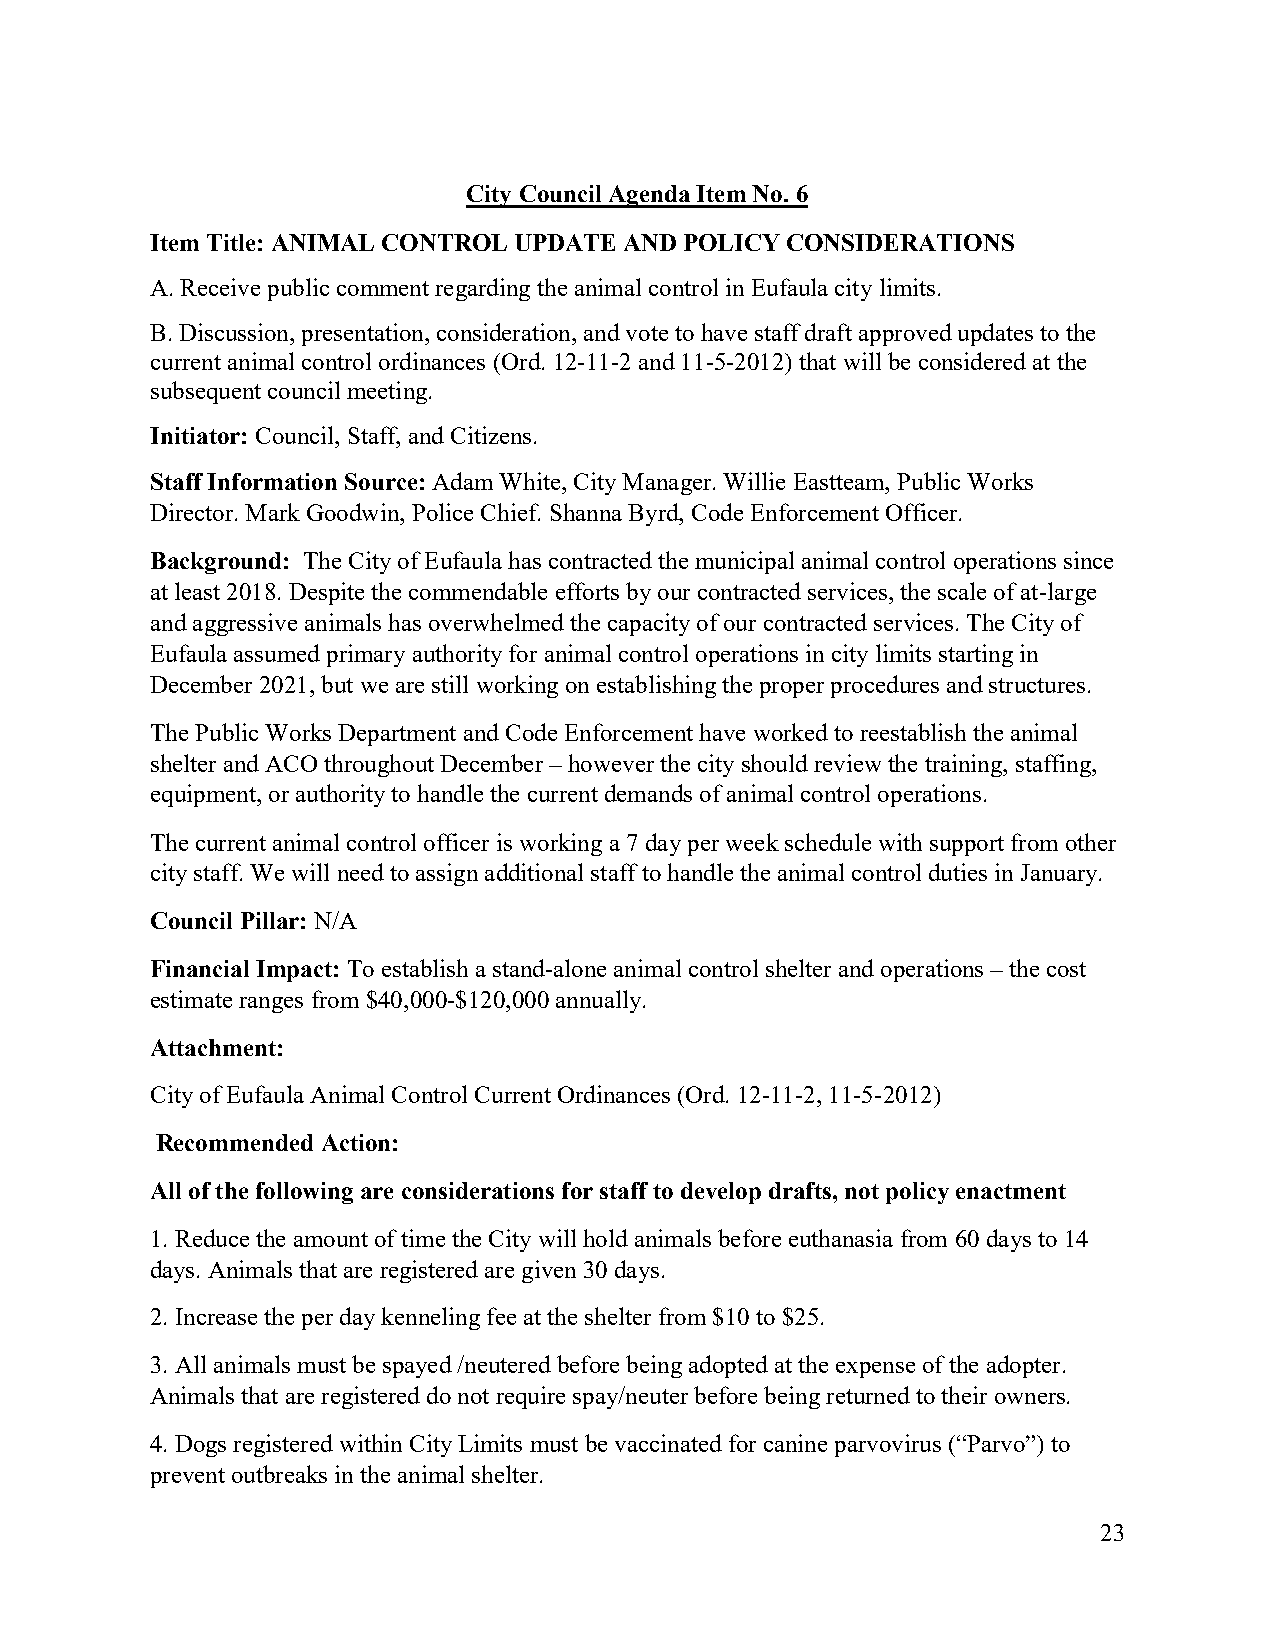
City Council Agenda Item No. 6
 Item Title: ANIMAL CONTROL UPDATE AND POLICY CONSIDERATIONS
 A. Receive public comment regarding the animal control in Eufaula city limits.
 B. Discussion, presentation, consideration, and vote to have staff draft approved updates to the
 current animal control ordinances (Ord. 12-11-2 and 11-5-2012) that will be considered at the
 subsequent council meeting.
 Initiator: Council, Staff, and Citizens.
 Staff Information Source: Adam White, City Manager. Willie Eastteam, Public Works
 Director. Mark Goodwin, Police Chief. Shanna Byrd, Code Enforcement Officer.
 Background: The City of Eufaula has contracted the municipal animal control operations since
 at least 2018. Despite the commendable efforts by our contracted services, the scale of at-large
 and aggressive animals has overwhelmed the capacity of our contracted services. The City of
 Eufaula assumed primary authority for animal control operations in city limits starting in
 December 2021, but we are still working on establishing the proper procedures and structures.
 The Public Works Department and Code Enforcement have worked to reestablish the animal
 shelter and ACO throughout December – however the city should review the training, staffing,
 equipment, or authority to handle the current demands of animal control operations.
 The current animal control officer is working a 7 day per week schedule with support from other
 city staff. We will need to assign additional staff to handle the animal control duties in January.
 Council Pillar: N/A
 Financial Impact: To establish a stand-alone animal control shelter and operations – the cost
 estimate ranges from $40,000-$120,000 annually.
 Attachment:
 City of Eufaula Animal Control Current Ordinances (Ord. 12-11-2, 11-5-2012)
 Recommended Action:
 All of the following are considerations for staff to develop drafts, not policy enactment
 1. Reduce the amount of time the City will hold animals before euthanasia from 60 days to 14
 days. Animals that are registered are given 30 days.
 2. Increase the per day kenneling fee at the shelter from $10 to $25.
 3. All animals must be spayed /neutered before being adopted at the expense of the adopter.
 Animals that are registered do not require spay/neuter before being returned to their owners.
 4. Dogs registered within City Limits must be vaccinated for canine parvovirus (“Parvo”) to
 prevent outbreaks in the animal shelter.
 23